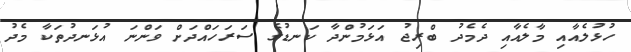
ހުޅުލެއާއި މާލެއާއި ދެމެދު ބްރިޖު އަޅަމުންދާ ކަނޑުގެ ސަރަހައްދަށް ވަންނަ އުޅަނދުތަކާ މެދު